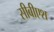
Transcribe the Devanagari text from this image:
सीबीएश